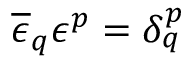
\overline { { { \epsilon } } } _ { q } \epsilon ^ { p } = \delta _ { q } ^ { p }